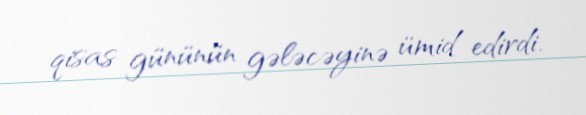
qisas gününün gələcəyinə ümid edirdi.